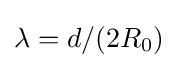
\lambda =d/(2R_{0})